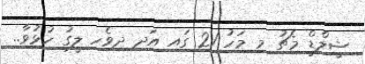
ޝީލްޑް މެޗު މި މަހު 21 ގައި އަދި ދިވެހި ލީގު ހުޅުވާ..